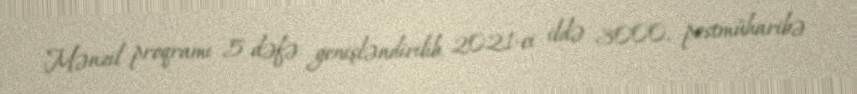
Mənzil proqramı 5 dəfə genişləndirilib, 2021-ci ildə 3000, postmüharibə